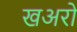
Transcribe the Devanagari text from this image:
खअरो